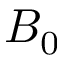
B _ { 0 }